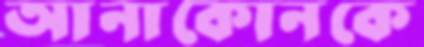
আনাকোনকে